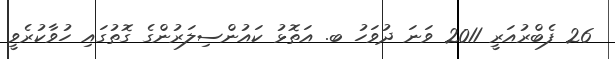
26 ފެބްރުއަރީ 2011 ވަނަ ދުވަހު ބ. އަތޮޅު ކައުންސިލަރުންގެ ގޮތުގައި ހުވާކުރެވީ